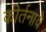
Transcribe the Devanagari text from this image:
कीर्तनावे